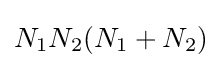
N_{1}N_{2}(N_{1}+N_{2})